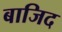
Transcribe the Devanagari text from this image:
बाजिद